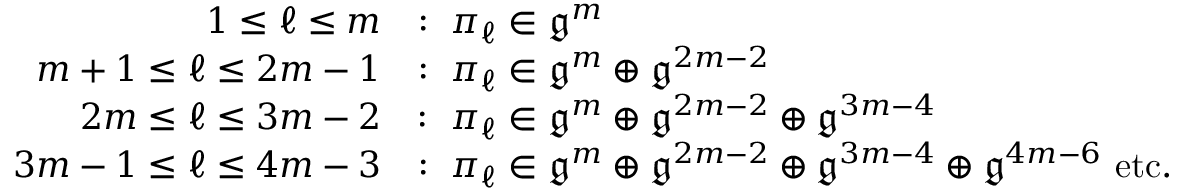
\begin{array} { r l } { 1 \leq \ell \leq m } & { : \ \pi _ { \ell } \in \mathfrak { g } ^ { m } } \\ { m + 1 \leq \ell \leq 2 m - 1 } & { : \ \pi _ { \ell } \in \mathfrak { g } ^ { m } \oplus \mathfrak { g } ^ { 2 m - 2 } } \\ { 2 m \leq \ell \leq 3 m - 2 } & { : \ \pi _ { \ell } \in \mathfrak { g } ^ { m } \oplus \mathfrak { g } ^ { 2 m - 2 } \oplus \mathfrak { g } ^ { 3 m - 4 } } \\ { 3 m - 1 \leq \ell \leq 4 m - 3 } & { : \ \pi _ { \ell } \in \mathfrak { g } ^ { m } \oplus \mathfrak { g } ^ { 2 m - 2 } \oplus \mathfrak { g } ^ { 3 m - 4 } \oplus \mathfrak { g } ^ { 4 m - 6 } \mathrm { ~ e t c . } } \end{array}